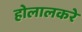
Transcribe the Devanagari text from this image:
होलालकरे